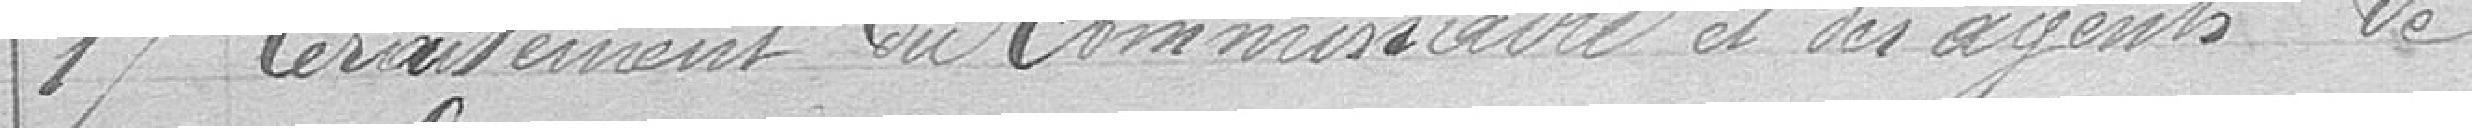
17 traitement du commissaire et des agents de